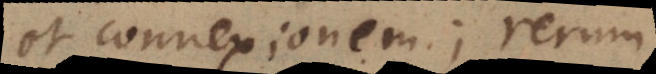
et connexionem; rerum